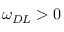
\omega _ { D L } > 0